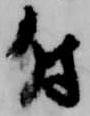
付